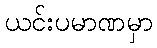
ယင်းပမာဏမှာ